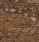
السباحه